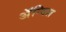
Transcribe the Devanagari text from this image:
अॅन्विल